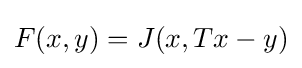
F(x,y)=J(x,Tx-y)